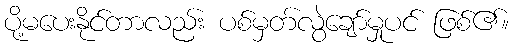
ပို့မပေးနိုင်တာလည်း ပစ်မှတ်လွဲချော်မှုပင် ဖြစ်၏။